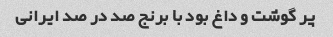
پر گوشت و داغ بود با برنج صد در صد ایرانی